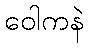
ဝေါကနဲ